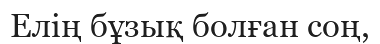
Елің бұзық болған соң,